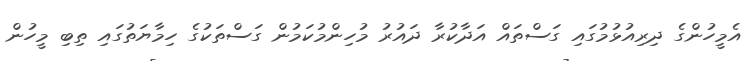
އެމީހުންގެ ދިރިއުޅުމުގައި ގަސްތައް އަދާކުރާ ދައުރު މުހިންމުކަމުން ގަސްތަކުގެ ހިމާޔަތުގައި ތިބި މީހުން